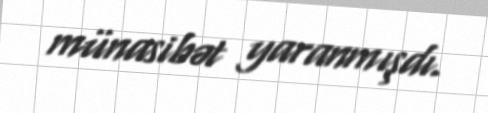
münasibət yaranmışdı.